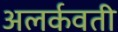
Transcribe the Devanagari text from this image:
अलर्कवती